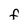
Character: F